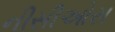
નીસીઓસ